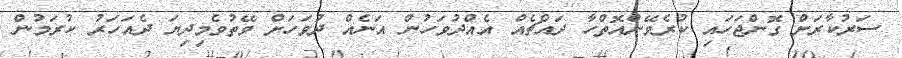
ސަރުކާރަށް ގޮންޖަހައި ކުރެވޭންއޮތްހާ ދައްޗެއް އެއްދުވަހުން އަނެއް ދުވަހަށް ވޭތުވެމިދިޔަ ދެއަހަރު ކުރަމުން